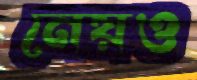
নেয়ও